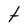
Character: t